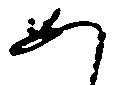
あ